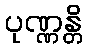
ပုဏ္ဏန္တိ